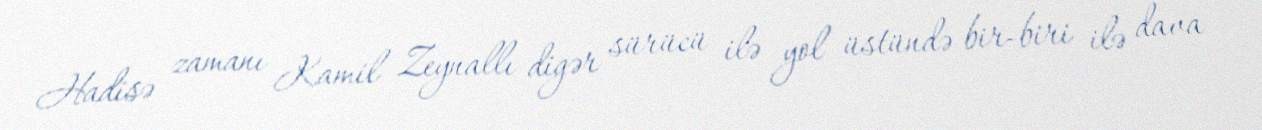
Hadisə zamanı Kamil Zeynallı digər sürücü ilə yol üstündə bir-biri ilə dava